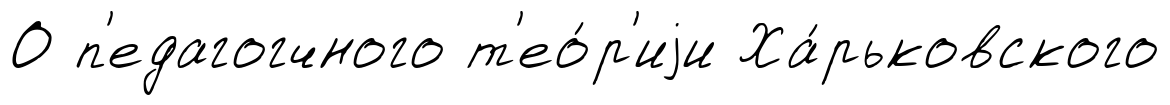
О п'едагогчного т'ео́р'иjи Ха́рьковского